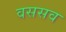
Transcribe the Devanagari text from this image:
वससव